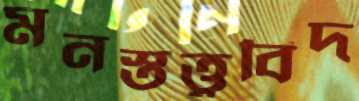
মনস্তত্ত্ববিদ